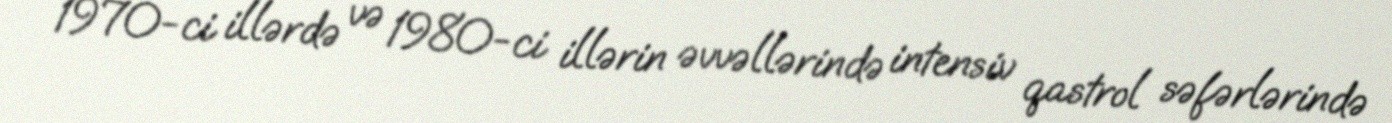
1970-ci illərdə və 1980-ci illərin əvvəllərində intensiv qastrol səfərlərində